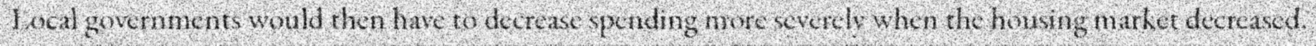
Local governments would then have to decrease spending more severely when the housing market decreased.